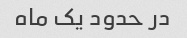
در حدود یک ماه